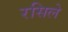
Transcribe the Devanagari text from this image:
रसिले